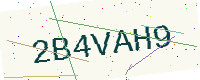
Text: 2B4VAH9